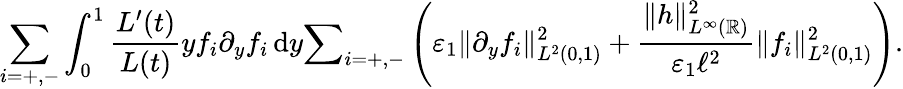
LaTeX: \sum_{i=+,-}\int_{0}^{1}\frac{L^{\prime}(t)}{L(t)}yf_{i}\partial_{y}f_{i}\, \textup{d}y\le\sum_{i=+,-}\left(\varepsilon_{1}\| \partial_{y}f_{i}\| _{L^{2}(0,1)}^{2}+\frac{\| h\| _{L^{\infty}(\mathbb{R})}^{2}}{\varepsilon_{1}\ell^{2}}\| f_{i}\| _{L^{2}(0,1)}^{2}\right).